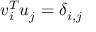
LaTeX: v _ { i } ^ { T } u _ { j } = \delta _ { i , j }